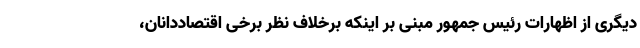
دیگری از اظهارات رئیس جمهور مبنی بر اینکه برخلاف نظر برخی اقتصاددانان،